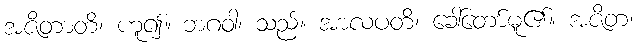
အဇိတာတိ၊ ဟူ၍။ ဘဂဝါ၊ သည်။ အာလပတိ၊ ခေါ်တော်မူ၏။ အဇိတ၊